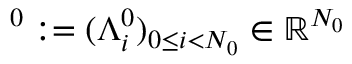
{ { \mathbf \Lambda } ^ { 0 } } : = ( \Lambda _ { i } ^ { 0 } ) _ { 0 \le i < N _ { 0 } } \in \mathbb { R } ^ { N _ { 0 } }